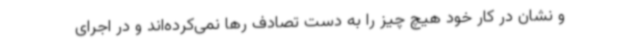
و نشان در کار خود هیچ چیز را به دست تصادف رها نمی‌کرده‌اند و در اجرای